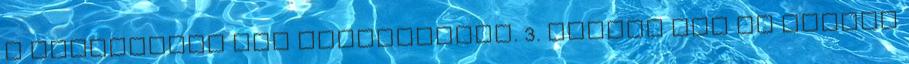
a csengőhang nem módosítható. 3. Nyomja meg az Opciók